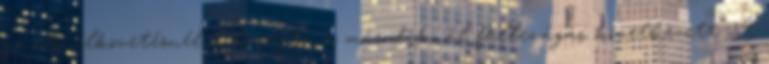
az első elkövetésnél orrlevágás, a másodiknál füllevágás következett. A